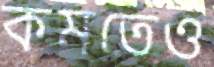
কমতেও